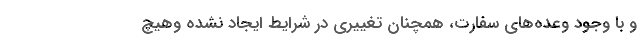
و با وجود وعده‌های سفارت، همچنان تغییری در شرایط ایجاد نشده وهیچ